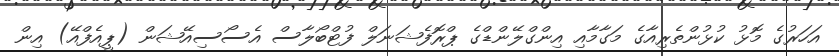
އަހަރުގެ މޮޅު ކުޅުންތެރިއާގެ މަގާމާއި އިންގްލޭންޑްގެ ޕްރޮފެޝަނަލް ފުޓްބޯލާސް އެސޯސިއޭޝަން (ޕީއެފްއޭ) އިން